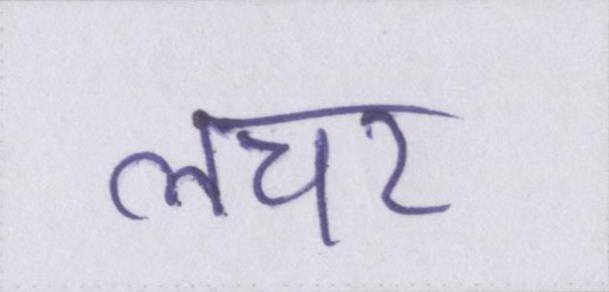
लचर